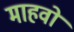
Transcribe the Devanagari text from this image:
माहवो